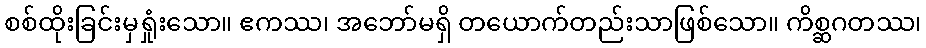
စစ်ထိုးခြင်းမှရှုံးသော။ ဧကဿ၊ အဘော်မရှိ တယောက်တည်းသာဖြစ်သော။ ကိစ္ဆဂတဿ၊